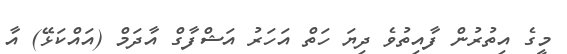
މީގެ އިތުުރުން ފާއިތުވެ ދިޔަ ހަތް އަހަރު އަޝްފާގް އާދަމް (އައްކަޅޭ) އާ